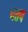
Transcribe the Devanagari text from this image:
पत्तप